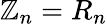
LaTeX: \mathbb{Z}_{n}=R_{n}